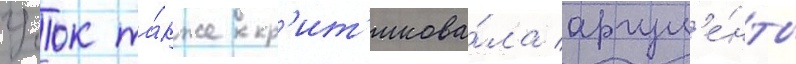
Учок та́кже кр'ит'икова́ла аргум'е́нты